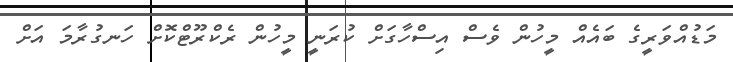
މަޑުއްވަރީގެ ބައެއް މީހުން ވެސް އިސްހާގަށް ކުރަނީ މީހުން ރެކްރޫޓްކޮށް ހަނގުރާމަ އަށް